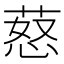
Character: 𦵚